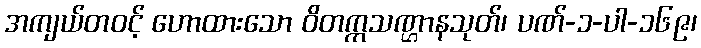
အကျယ်တဝင့် ဟောထားသော ဝိတက္ကသဏ္ဌာနသုတ်၊ ပဏ်-၁-ပါ-၁၆၉၊